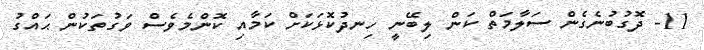
11- ދޮގުބުނެގެން ސަލާމަތް ކަން ލިބޭނީ ހިނދުކޮޅަކަށް ކަމާއި ކޮންމެވެސް ވަގުތަކުން ޙައްގު